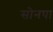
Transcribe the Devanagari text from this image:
सोनपा